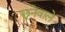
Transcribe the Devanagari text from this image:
छूनेवाले